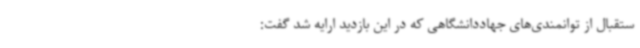
ستقبال از توانمندی‌های جهاددانشگاهی که در این بازدید ارایه شد گفت: